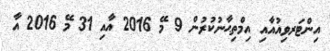
އިންޓަރވިއުއާއި އިމްތިޙާނުކުރުން 9 މޭ 2016 އާއި 31 މޭ 2016 އާ